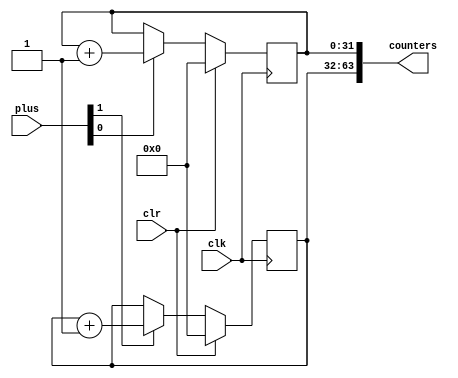
/********************************************************************************
// @project       Object Detection & Tracking Uint(ODTU)
// @filename      args_counter.v
// @author        3book
// @description   
// @created       2019-07-26T23:30:56.974Z+08:00
// @copyright     Copyright (c) 2019 
// @last-modified 2019-07-26T23:56:51.551Z+08:00
*******************************************************************************/
`timescale 1ns/100ps
module args_counter #(
    parameter N = 2 ,//counter number
    parameter W = 32 //reguster data width
    )(
    input clk           ,//clock
    input clr           ,//clear
    input [N-1:0] plus ,//
    output [N*W-1:0] counters //output data
    ); 

    reg [N*W-1:0] cnts = {N*W{1'b0}};
    // reg [N*W-1:0] cnts;
genvar i;
generate
    for (i = 0; i<N; i = i+1) begin
        always @(posedge clk) begin
            if(clr==1'b1)begin
                cnts[i*W+:W] <= 'b0;
            end else if(plus[i]==1'b1) begin
                cnts[i*W+:W] <= cnts[i*W+:W] + 1'b1;
            end else;
        end
    end
endgenerate
assign counters = cnts;
endmodule